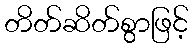
တိတ်ဆိတ်စွာဖြင့်